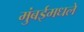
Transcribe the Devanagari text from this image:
मुंबईमधले